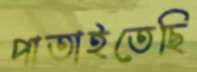
পাতাইতেছি